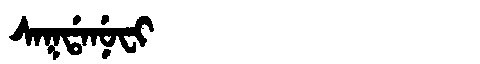
Manchu: ᠰᠠᡴᡩᠠᠨᡠᠸᡳ
Romanization: SAKDANUFI